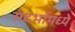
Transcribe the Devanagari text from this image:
संदर्भामध्ये